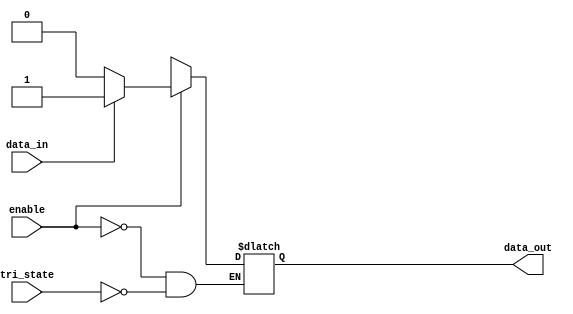
module io_buffer(
    input wire data_in,
    input wire enable,
    output reg data_out,
    input wire tri_state
);

reg pull_up, pull_down;

always @ (*) begin
    if(enable) begin
        if(data_in) begin
            data_out <= 1'b1; // Drive output high
        end else begin
            data_out <= 1'b0; // Drive output low
        end
    end else begin
        data_out <= tri_state ? 1'bz : data_out; // Tri-state control
    end
end

// Protection circuitry
// Add protection logic here

endmodule